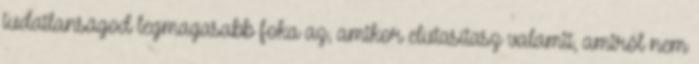
tudatlanságod legmagasabb foka az, amikor elutasítasz valamit, amiről nem